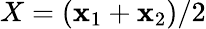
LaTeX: X=(\mathbf{x}_{1}+\mathbf{x}_{2})/2